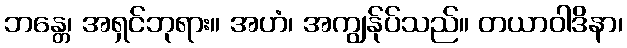
ဘန္တေ၊ အရှင်ဘုရား။ အဟံ၊ အကျွန်ုပ်သည်။ တယာဝါဒိနာ၊